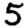
Digit: 5